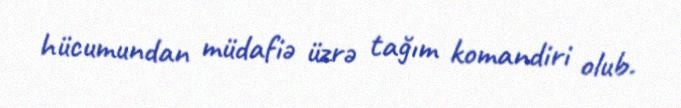
hücumundan müdafiə üzrə tağım komandiri olub.